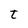
Character: t